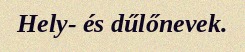
Hely- és dűlőnevek.